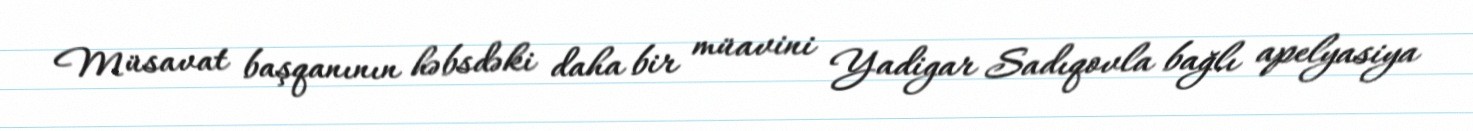
Müsavat başqanının həbsdəki daha bir müavini Yadigar Sadıqovla bağlı apelyasiya